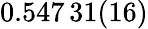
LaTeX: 0.547\, 31(16)